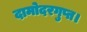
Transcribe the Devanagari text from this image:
दामोदरगुप्त।